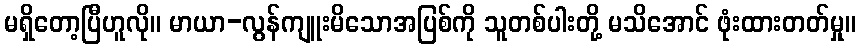
မရှိတော့ပြီဟူလို။ မာယာ-လွန်ကျူးမိသောအပြစ်ကို သူတစ်ပါးတို့ မသိအောင် ဖုံးထားတတ်မှု။